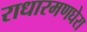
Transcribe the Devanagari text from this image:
राधारमणघेरा